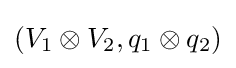
(V_{1}\otimes V_{2},q_{1}\otimes q_{2})